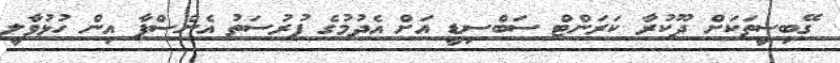
ގޭބިސީތަކަށް ދޫކުރާ ކަރަންޓް ސަބްސިޑީ އަށް އެދުމުގެ ފުރުސަތު އެންސްޕާ އިން ހުޅުވާލީ